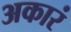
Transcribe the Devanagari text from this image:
अकारं